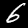
Label: 6